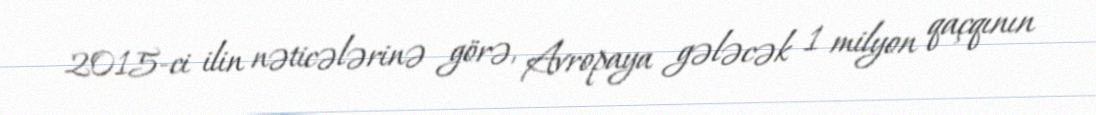
2015-ci ilin nəticələrinə görə, Avropaya gələcək 1 milyon qaçqının